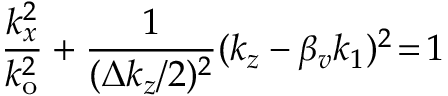
\frac { k _ { x } ^ { 2 } } { k _ { \mathrm { o } } ^ { 2 } } + \frac { 1 } { ( \Delta k _ { z } / 2 ) ^ { 2 } } ( k _ { z } - \beta _ { v } k _ { 1 } ) ^ { 2 } \! = \! 1